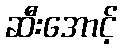
ဆီးအောင့်